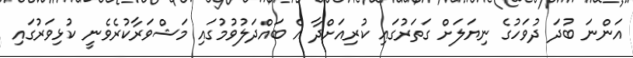
އަންނަ ބުދަ ދުވަހުގެ ނިޔަލަށް ގަތަރުގައި ކުރިއަށްދާ އެ ބައްދަލުވުމުގައި މަޝްވަރާކުރެވެނީ ކުޅިވަރުގައި